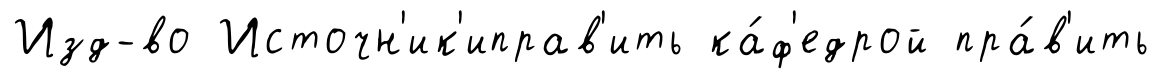
Изд-во Источн'ик'иправ'ить ка́ф'едрой пра́в'ить